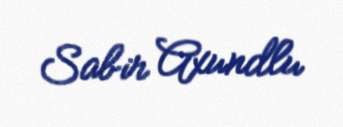
Sabir Axundlu